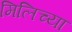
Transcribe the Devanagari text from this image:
मिलिच्या